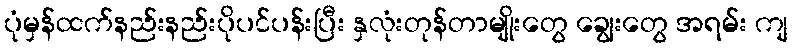
ပုံမှန်ထက်နည်းနည်းပိုပင်ပန်းပြီး နှလုံးတုန်တာမျိုးတွေ ချွေးတွေ အရမ်း ကျ